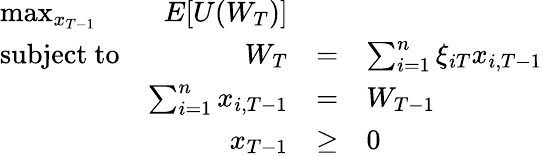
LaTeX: {\begin{array}{lrclr}{\operatorname*{max}_{x_{T-1}}}&{E[U(W_{T})]}&\\ {{\mathrm{subject~to}}}&{W_{T}}&{=}&{\sum_{i=1}^{n}\xi_{iT}x_{i,T-1}}\\ &{\sum_{i=1}^{n}x_{i,T-1}}&{=}&{W_{T-1}}\\ &{x_{T-1}}&{\geq}&{0}\end{array}}